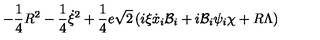
- \frac { 1 } { 4 } R ^ { 2 } - \frac { 1 } { 4 } \dot { \xi } ^ { 2 } + \frac { 1 } { 4 } e \sqrt { 2 } \left( i \xi \dot { x } _ { i } { \cal { B } } _ { i } + i { \cal { B } } _ { i } \psi _ { i } \chi + R \Lambda \right)